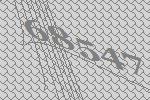
68547